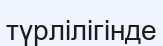
түрлілігінде